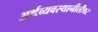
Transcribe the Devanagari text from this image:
अर्थव्यवस्थानीतीवर